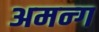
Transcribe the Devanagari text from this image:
अमन्ग